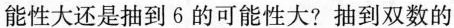
能性大还是抽到6的可能性大?抽到双数的